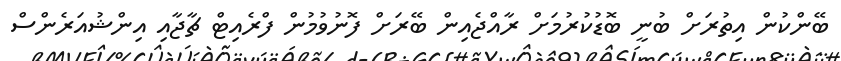
ބޭންކުން އިތުރަށް ބުނީ ބޮޑުކުރުމަށް ރާއްޖެއިން ބޭރަށް ފޮނުވުމުން ފްރެއިޓް ޗާޖާއި އިންޝުއަރެންސް